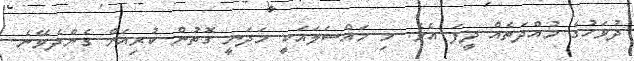
ދުވަހުގެ މުއްދަތެއް ދީފަ އެވެ. މި މައްސަލައަކީި މަދަނީ ގޮތުން ކުރިއަށް ގެންދެވޭނެ